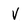
Character: v